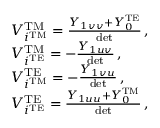
\begin{array} { r l } & { V _ { i ^ { \mathrm { T M } } } ^ { \mathrm { T M } } = \frac { Y _ { 1 v v } + Y _ { 0 } ^ { \mathrm { T E } } } { \mathrm { d e t } } \, , } \\ & { V _ { i ^ { \mathrm { T E } } } ^ { \mathrm { T M } } = - \frac { Y _ { 1 u v } } { \mathrm { d e t } } \, , } \\ & { V _ { i ^ { \mathrm { T M } } } ^ { \mathrm { T E } } = - \frac { Y _ { 1 v u } } { \mathrm { d e t } } \, , } \\ & { V _ { i ^ { \mathrm { T E } } } ^ { \mathrm { T E } } = \frac { Y _ { 1 u u } + Y _ { 0 } ^ { \mathrm { T M } } } { \mathrm { d e t } } \, , } \end{array}